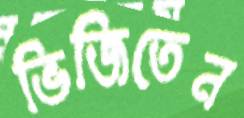
ভিজিতেন